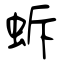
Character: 蚸